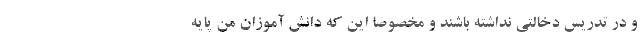
و در تدریس دخالتی نداشته باشند و مخصوصا این که دانش آموزان من پایه